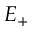
E _ { + }